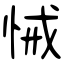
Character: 悈